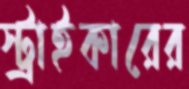
স্ট্রাইকারের